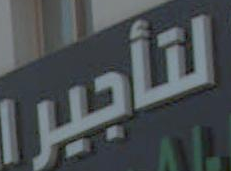
لتأجير